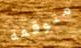
متوقفة